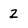
Character: 2